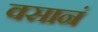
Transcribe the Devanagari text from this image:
वसानं